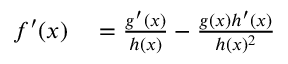
\begin{array} { r l } { f ^ { \prime } ( x ) } & { { } = { \frac { g ^ { \prime } ( x ) } { h ( x ) } } - { \frac { g ( x ) h ^ { \prime } ( x ) } { h ( x ) ^ { 2 } } } } \end{array}